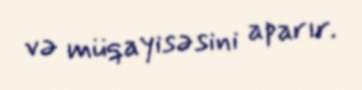
və müqayisəsini aparır.